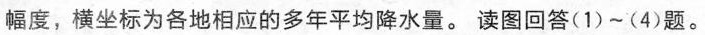
幅度，横坐标为各地相应的多年平均降水量。读图回答(1)~(4)题。